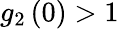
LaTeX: g_{2}\left(0\right)>1